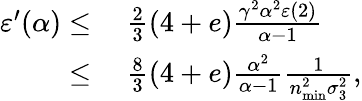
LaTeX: \begin{array}{rl}{\varepsilon^{\prime}(\alpha)\leq}&{\ \frac{2}{3}\left(4+e\right)\frac{\gamma^{2}\alpha^{2}\varepsilon(2)}{\alpha-1}}\\ {\leq}&{\ \frac{8}{3}\left(4+e\right)\frac{\alpha^{2}}{\alpha-1}\frac{1}{n_{\mathrm{min}}^{2}\sigma_{3}^{2}},}\end{array}